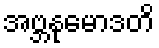
အဗ္ဘနုမောဒတိ